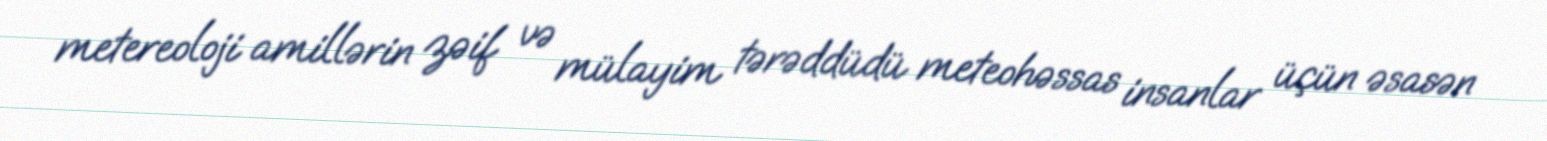
metereoloji amillərin zəif və mülayim tərəddüdü meteohəssas insanlar üçün əsasən